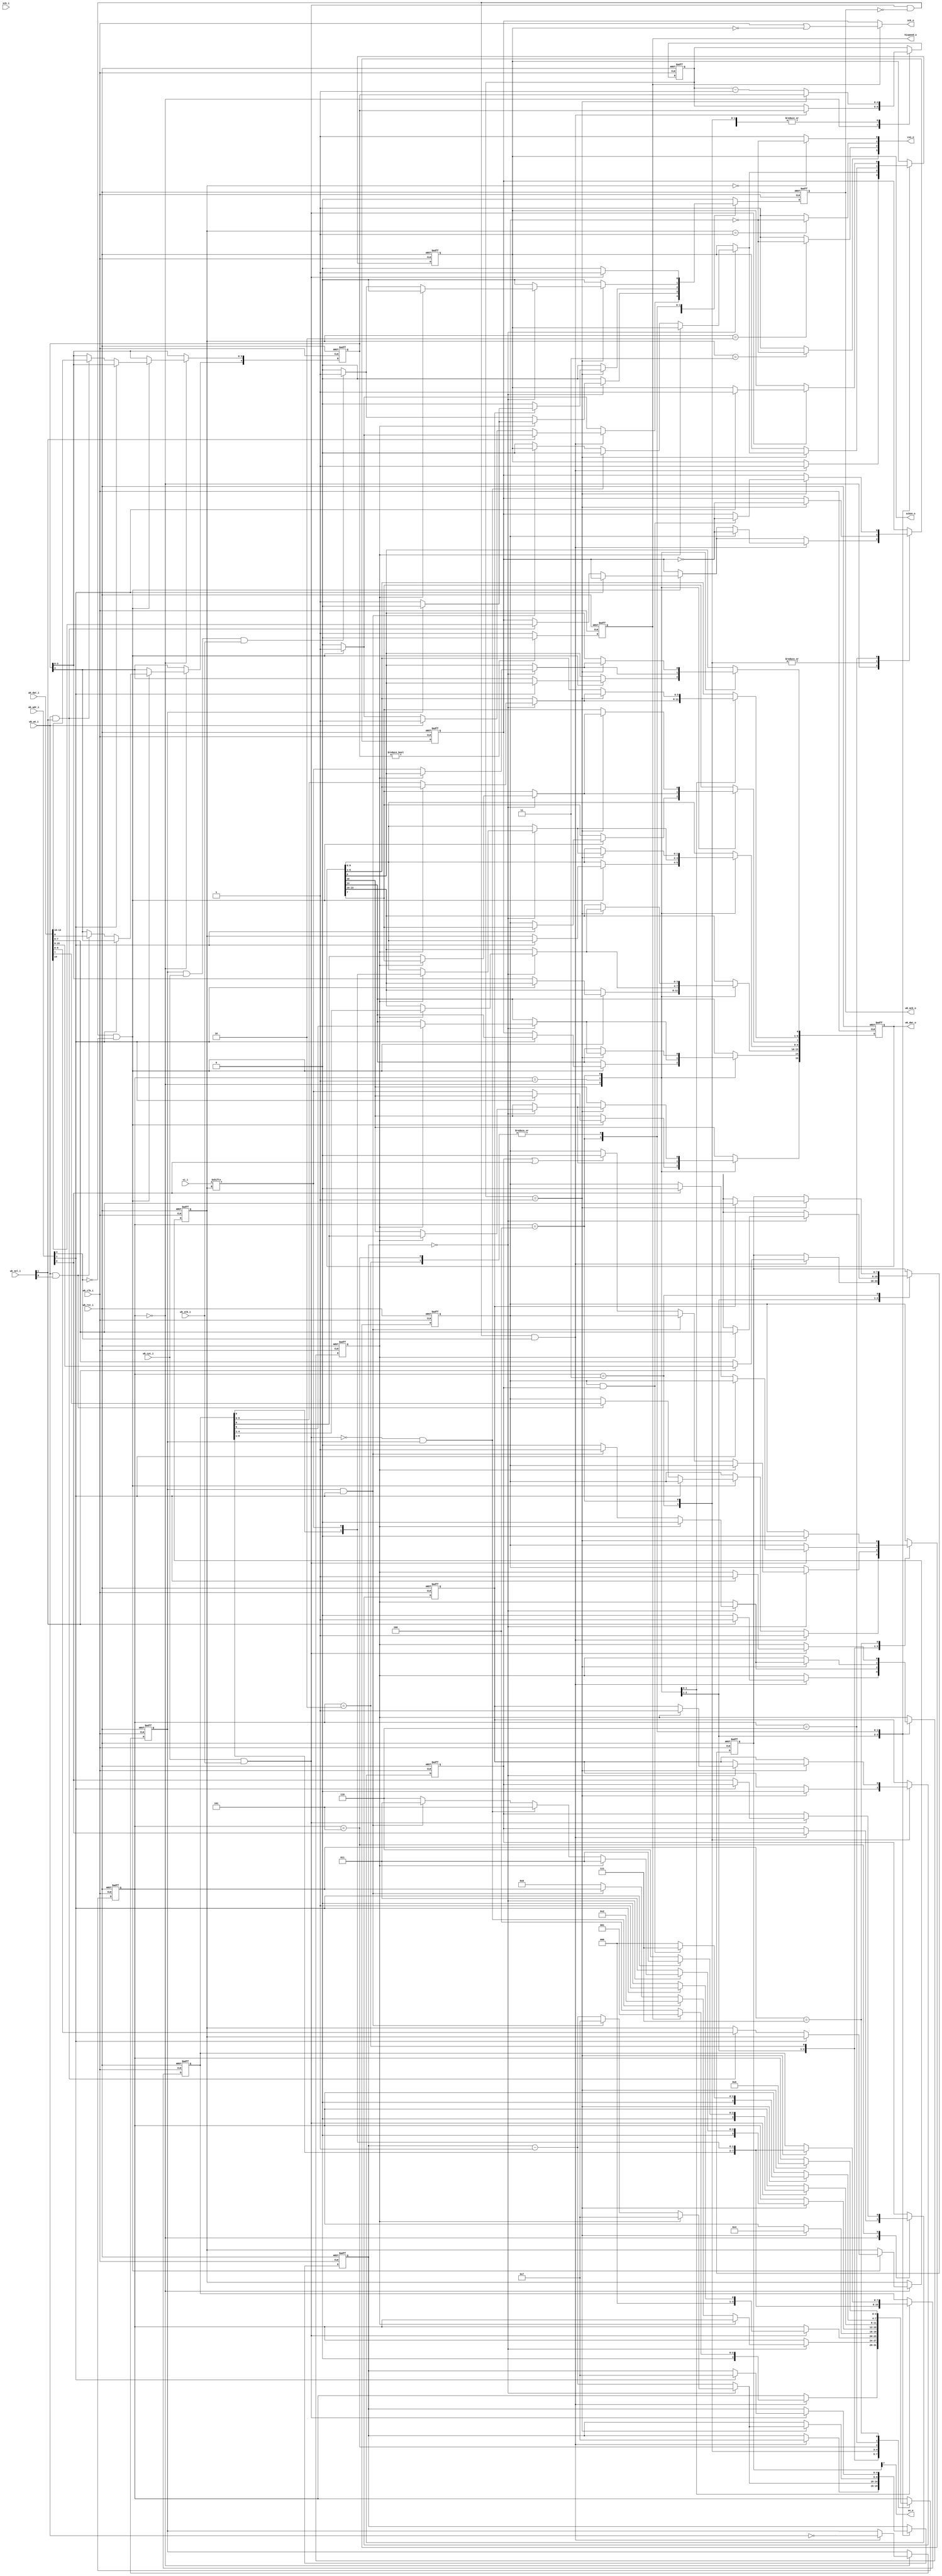
/* Copyright 2009, Unpublished Work of Technologic Systems
 * All Rights Reserved.
 *
 * THIS WORK IS AN UNPUBLISHED WORK AND CONTAINS CONFIDENTIAL,
 * PROPRIETARY AND TRADE SECRET INFORMATION OF TECHNOLOGIC SYSTEMS.
 * ACCESS TO THIS WORK IS RESTRICTED TO (I) TECHNOLOGIC SYSTEMS 
 * EMPLOYEES WHO HAVE A NEED TO KNOW TO PERFORM TASKS WITHIN THE SCOPE
 * OF THEIR ASSIGNMENTS AND (II) ENTITIES OTHER THAN TECHNOLOGIC
 * SYSTEMS WHO HAVE ENTERED INTO APPROPRIATE LICENSE AGREEMENTS.  NO
 * PART OF THIS WORK MAY BE USED, PRACTICED, PERFORMED, COPIED, 
 * DISTRIBUTED, REVISED, MODIFIED, TRANSLATED, ABRIDGED, CONDENSED, 
 * EXPANDED, COLLECTED, COMPILED, LINKED, RECAST, TRANSFORMED, ADAPTED
 * IN ANY FORM OR BY ANY MEANS, MANUAL, MECHANICAL, CHEMICAL, 
 * ELECTRICAL, ELECTRONIC, OPTICAL, BIOLOGICAL, OR OTHERWISE WITHOUT
 * THE PRIOR WRITTEN PERMISSION AND CONSENT OF TECHNOLOGIC SYSTEMS.
 * ANY USE OR EXPLOITATION OF THIS WORK WITHOUT THE PRIOR WRITTEN
 * CONSENT OF TECHNOLOGIC SYSTEMS COULD SUBJECT THE PERPETRATOR TO
 * CRIMINAL AND CIVIL LIABILITY.
 */

/* Core for high speed SPI with auto-CS# and support for 4 CS# signals.
 * Starts at offset 0x40 on the TS-75xx.  LUN#0 goes to onboard SPI NOR
 * flash chip and LUN#1 goes to offboard SPI (TS-752 flash chip)
 *
 * Register map:
 * base + 0x0: LUN register (R/W)
 *   bit 15: spi miso state (RO)
 *   bit 14: spi clk state (RW)
 *   bits 13-10: speed[3:0] (0- highest, 1- 1/2 speed, 2- 1/4, etc..) (RW)
 *   bits 9-8: LUN (0-3 representing the 4 CS# signals) (RW)
 *   bit 7: CS (1 - CS# is asserted) (RW)
 *   bits 6-1: reserved
 *   bit 0: speed[4] (RW)
 *
 * * The SPI clk state register should be set when CS# is deasserted.  Value
 *   0 makes SPI rising edge (CPOL=0), 1 is falling edge (CPOL=1).  This only
 *   applies to speed >= 1.  For speed == 0, SPI clock polarity/skew must be 
 *   set from the PLL phase adjust registers in the syscon block.
 *
 * * For the TS-75xx where the base clock is 75Mhz, speed settings break down
 *   as follows:
 *     0 - 75Mhz (/1)
 *     1 - 37.5Mhz (/2)
 *     2 - 18.75Mhz (/4)
 *     3 - 12.5Mhz (/6)
 *     4 - 9.375Mhz (/8)
 *     5 - 7.5Mhz (/10)
 *     6 - 6.25Mhz (/12)
 *     7 - 5.36Mhz (/14)
 *     8 - 4.68Mhz (/16)
 *     9 - 4.17Mhz (/18)
 *     ...
 *     15 - 2.5Mhz (/30)
 *     ...
 *     19 - 1.97Mhz (/38)
 *     ...
 *     31 - 1.21Mhz (/62)
 *
 * base + 0x2: previous SPI read data from last write (RO)
 * base + 0x4: reserved
 * base + 0x6: reserved
 * base + 0x8: SPI read/write with CS# to stay asserted (RW)
 * base + 0xa: SPI pipelined read with CS# to stay asserted (RO)
 *
 * * The pipelined read register is for read bursts and will automatically
 *   start a subsequent SPI read upon completion of the requested SPI read.
 *   Reading from this register infers that another read will shortly follow
 *   and allows this SPI controller "a head start" on the next read for
 *   optimimum read performance. This register should be accessed as long
 *   as there will be at least one more SPI read with CS# asserted to take
 *   place.
 *
 * base + 0xc: SPI read/write with CS# to deassert post-op (RW)
 * base + 0xe: reserved
 * 
 */

`ifdef TESTBENCH
`timescale 1 ns / 1 ps
`endif
module wb_spi(
  wb_clk_i,
  wb_rst_i,

  wb_cyc_i,
  wb_stb_i,
  wb_we_i,
  wb_adr_i,
  wb_dat_i,
  wb_sel_i,
  wb_dat_o,
  wb_ack_o,

  sck_i,
  sck_o,
  scken_o,
  so_o,
  si_i,
  csn_o,
  hispeed_o
);

input wb_clk_i, wb_rst_i, wb_cyc_i, wb_stb_i, wb_we_i;
input [31:0] wb_adr_i;
input [15:0] wb_dat_i;
input [1:0] wb_sel_i;
output [15:0] wb_dat_o;
output wb_ack_o;

output sck_o, so_o, scken_o;
output [3:0] csn_o;
input [3:0] si_i;
input sck_i;
output hispeed_o;

parameter hispeed_opt = 1'b1;
parameter lospeed_opt = 1'b1;

reg sck, so, cs;
reg [1:0] lun;
assign csn_o[3] = lun == 2'd3 ? !cs : 1'b1;
assign csn_o[2] = lun == 2'd2 ? !cs : 1'b1;
assign csn_o[1] = lun == 2'd1 ? !cs : 1'b1;
assign csn_o[0] = lun == 2'd0 ? !cs : 1'b1;
reg [3:0] state;
reg [4:0] count;
reg [15:0] wb_dat;
assign wb_dat_o = wb_dat;
reg scken, acc16, acc16s, wb_ack;
assign scken_o = scken;
assign wb_ack_o = wb_ack;
reg [7:0] odat, idat;
reg eot, rd;
reg [4:0] speed, cntdown;
reg hispeed;
assign hispeed_o = hispeed;
assign sck_o = hispeed ? (wb_clk_i | !scken) : sck;
assign so_o = odat[7];
always @(posedge wb_clk_i or posedge wb_rst_i) begin
  if (wb_rst_i) begin
    state <= 4'd0;
    count <= 5'd0;
    cntdown <= 5'd0;
    scken <= 1'b0;
    sck <= 1'b0;
    idat <= 8'd0;
    odat <= 8'd0;
    acc16 <= 1'b0;
    acc16s <= 1'b0;
    wb_ack <= 1'b0;
    cs <= 1'b0;
    eot <= 1'b0;
    rd <= 1'b0;
    lun <= 2'd0;
    speed <= 5'd0;
    hispeed <= 1'b1;
    wb_dat <= 16'd0;
  end else begin
    wb_ack <= 1'b0;

    if (speed != 5'd0) hispeed <= 1'b0;
    else hispeed <= 1'b1;

    case (state)
    4'd0: begin
      if (wb_cyc_i && wb_stb_i && !wb_ack && !wb_adr_i[3]) begin
        wb_ack <= 1'b1;
        if (!wb_adr_i[1]) begin
          if (wb_we_i && wb_sel_i[1]) begin
            lun <= wb_dat_i[9:8];
            if (lospeed_opt) begin
              speed[3:0] <= wb_dat_i[13:10];
              sck <= wb_dat_i[14];
            end
          end
          if (wb_we_i && wb_sel_i[0]) begin
            if (lospeed_opt) speed[4] <= wb_dat_i[0];
            cs <= wb_dat_i[7];
          end
          wb_dat[0] <= speed[4];
          wb_dat[7] <= cs;
          wb_dat[9:8] <= lun;
          wb_dat[13:10] <= speed[3:0];
          wb_dat[14] <= sck;
          wb_dat[15] <= si_i[lun];
        end
      end if (wb_cyc_i && wb_stb_i && !wb_ack && wb_adr_i[3]) begin
        odat <= wb_dat_i[7:0];
        if (wb_sel_i[1]) begin
          acc16 <= 1'b1;
          odat <= wb_dat_i[15:8];
        end else begin
          acc16 <= 1'b0;
          odat <= wb_dat_i[7:0];
          if (wb_we_i) wb_ack <= 1'b1;
        end
        scken <= 1'b1;
        cntdown <= speed;
        if (cs) sck <= !sck;
        if (hispeed && hispeed_opt) state <= 4'd1;
        else state <= 4'd4;
        count <= 4'd7;
        cs <= 1'b1;
        eot <= wb_adr_i[2];
        rd <= !wb_we_i;
      end
    end


    4'd1: begin /* shift */
      odat <= {odat[6:0], 1'bx};
      idat <= {idat[6:0], si_i[lun]};
      count <= count - 1'b1;
      if (count == 5'd0) begin
        acc16 <= 1'b0;
        if (acc16) begin
          wb_dat[15:8] <= {idat[6:0], si_i[lun]};
          odat <= wb_dat_i[7:0];
          if (!rd) wb_ack <= 1'b1;
          count <= 4'd7;
        end else begin
          wb_dat[7:0] <= {idat[6:0], si_i[lun]};
          if (rd && wb_cyc_i && wb_stb_i) wb_ack <= 1'b1;
          if (rd && wb_adr_i[1]) begin
            acc16 <= 1'b1;
            count <= 5'd7;
          end else begin 
            scken <= 1'b0;
            if (eot | wb_adr_i[2]) cs <= 1'b0;
            state <= 4'd0;
          end
          if (!(wb_cyc_i && wb_stb_i) && rd) begin
            state <= 4'd2; /* holding pattern */
            scken <= 1'b0;
          end
        end
      end
    end
    4'd2: begin
      if (wb_cyc_i && wb_stb_i) begin
        wb_ack <= 1'b1;
        if (wb_adr_i[1]) begin
          acc16 <= 1'b1;
          count <= 5'd7;
          state <= 4'd1;
          scken <= 1'b1;
        end else begin
          state <= 4'd0;
          if (wb_adr_i[2]) cs <= 1'b0;
        end
      end
    end


    4'd3: begin
      cntdown <= cntdown - 1'b1;
      if (cntdown == 5'd1) begin
        odat <= {odat[6:0], 1'bx};
        sck <= !sck;
        acc16s <= 1'b0;
        if (acc16s) begin
          odat <= wb_dat_i[7:0];
          if (!rd) wb_ack <= 1'b1;
        end
        state <= 4'd4;
        cntdown <= speed;   
      end
    end
    4'd4: begin
      cntdown <= cntdown - 1'b1;
      if (cntdown == 5'd1) begin
        sck <= !sck;
        idat <= {idat[6:0], si_i[lun]};
        count <= count - 1'b1;
        cntdown <= speed;
        state <= 4'd3;
        if (count == 5'd0) begin
          acc16 <= 1'b0;
          if (acc16) begin
            wb_dat[15:8] <= {idat[6:0], si_i[lun]};
            acc16s <= 1'b1;
            count <= 5'd7;
          end else begin
            wb_dat[7:0] <= {idat[6:0], si_i[lun]};
            if (rd && wb_cyc_i && wb_stb_i) wb_ack <= 1'b1;
            if (rd && wb_adr_i[1]) begin
              acc16 <= 1'b1;
              count <= 5'd7;
            end else begin 
              scken <= 1'b0;
              state <= 4'd6;
            end
            if (!(wb_cyc_i && wb_stb_i) && rd) begin
              state <= 4'd5; /* holding pattern */
              scken <= 1'b0;
            end
          end
        end
      end
    end
    4'd5: begin
      if (wb_cyc_i && wb_stb_i) begin
        wb_ack <= 1'b1;
        if (wb_adr_i[1]) begin
          acc16 <= 1'b1;
          count <= 5'd7;
          state <= 4'd3;
          scken <= 1'b1;
        end else begin
          eot <= wb_adr_i[2];
          state <= 4'd6;
        end
      end
    end
    4'd6: begin
      cntdown <= cntdown - 1'b1;
      if (cntdown == 5'd1) begin
        cntdown <= speed;
        if (cs & eot) begin
          sck <= !sck;
          state <= 4'd7;
        end else state <= 4'd0;
      end
    end

    4'd7: begin
      cntdown <= cntdown - 1'b1;
      if (cntdown == 5'd1) begin
        cntdown <= speed;
        cs <= 1'b0;
        state <= 4'd6;
      end
    end
    endcase
  end
end


endmodule

`ifdef TESTBENCH
module test();

reg clk, rst, cyc, stb, we;
wire ack, so, sck, csn, scken;
reg si;
reg [1:0] sel;
reg [15:0] idat, adr;
wire [15:0] odat;
wb_spi uut(
  .wb_clk_i(clk),
  .wb_rst_i(rst),

  .wb_cyc_i(cyc),
  .wb_stb_i(stb),
  .wb_we_i(we),
  .wb_adr_i(adr),
  .wb_dat_i(idat),
  .wb_sel_i(sel),
  .wb_dat_o(odat),
  .wb_ack_o(ack),

  .sck_o(sck),
  .scken_o(scken),
  .so_o(so),
  .si_i(si),
  .csn_o(csn)
);

always @(posedge sckps) begin
  si <= !si;
end

task wb_read8;
  input [15:0] address_i;
  integer i;
  reg [7:0] clocks;
begin
  clocks = 8'd0;
  cyc = 1'b1;
  stb = 1'b1;
  we = 1'b0;
  adr = address_i;
  sel = 2'b01;
  idat = 16'hxxxx;
  @(posedge clk);
  while (!ack) begin
    @(posedge clk);
    clocks = clocks + 1'b1;
  end
  cyc = 1'b0; stb = 1'b0;
  $display("clocks %d", clocks);
end
endtask

task wb_read16;
  input [15:0] address_i;
  integer i;
  reg [7:0] clocks;
begin
  clocks = 8'd0;
  cyc = 1'b1;
  stb = 1'b1;
  we = 1'b0;
  adr = address_i;
  sel = 2'b11;
  idat = 16'hxxxx;
  @(posedge clk);
  while (!ack) begin
    @(posedge clk);
    clocks = clocks + 1'b1;
  end
  cyc = 1'b0; stb = 1'b0;
  $display("clocks %d", clocks);
end
endtask

task wb_write16;
  input [15:0] address_i;
  input [15:0] data_i;
  integer i;
  reg [7:0] clocks;
begin
  clocks = 8'd0;
  cyc = 1'b1;
  stb = 1'b1;
  we = 1'b1;
  adr = address_i;
  sel = 2'b11;
  idat = data_i;
  @(posedge clk);
  while (!ack) begin
    @(posedge clk);
    clocks = clocks + 1'b1;
  end
  cyc = 1'b0; stb = 1'b0;
  $display("clocks %d", clocks);
end
endtask

task wb_write8;
  input [15:0] address_i;
  input [7:0] data_i;
  integer i;
  reg [7:0] clocks;
begin
  clocks = 8'd0;
  cyc = 1'b1;
  stb = 1'b1;
  we = 1'b1;
  adr = address_i;
  sel = 2'b01;
  idat = {8'd0, data_i};
  @(posedge clk);
  while (!ack) begin
    @(posedge clk);
    clocks = clocks + 1'b1;
  end
  cyc = 1'b0; stb = 1'b0;
  $display("clocks %d", clocks);
end
endtask

always #5 clk = !clk;
reg clkps;
always @(clk) clkps = #2.5 !clk; /* 270 deg phase shift */
wire sckps = clkps | !scken;

initial begin
  $dumpfile("dump.vcd");
  $dumpvars(2, test);
  rst = 1; clk = 0; si = 0;
  cyc = 0; stb = 0; we = 0; adr = 0; sel = 0; idat = 0; 
  #100;
  rst = 0;
  #10;
  @(posedge clk);
  // wb_write16(16'd0, 16'haaaa);
  // wb_write16(16'd0, 16'h5555);
  wb_write8(16'd0, 16'hf9);
  #200;
  @(posedge clk);
  wb_read16(16'd0);
  @(posedge clk);
  wb_read8(16'd4);

  #1000;
  $finish;
end

endmodule
`endif